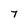
Character: 7